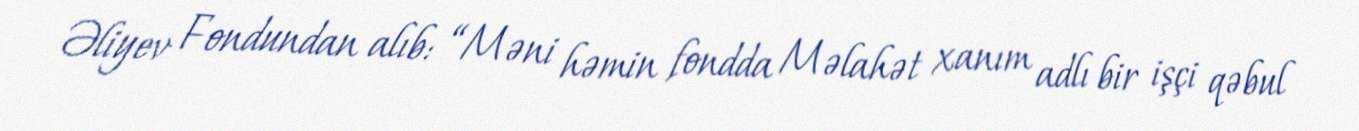
Əliyev Fondundan alıb: “Məni həmin fondda Məlahət xanım adlı bir işçi qəbul